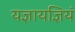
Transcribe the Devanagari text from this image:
यज्ञायज्ञियं